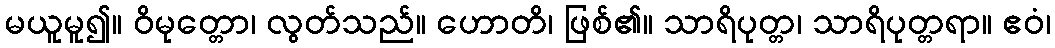
မယူမူ၍။ ဝိမုတ္တော၊ လွတ်သည်။ ဟောတိ၊ ဖြစ်၏။ သာရိပုတ္တ၊ သာရိပုတ္တရာ။ ဧဝံ၊